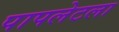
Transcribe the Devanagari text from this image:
पापलेटला